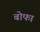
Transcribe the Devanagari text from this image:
बोफा